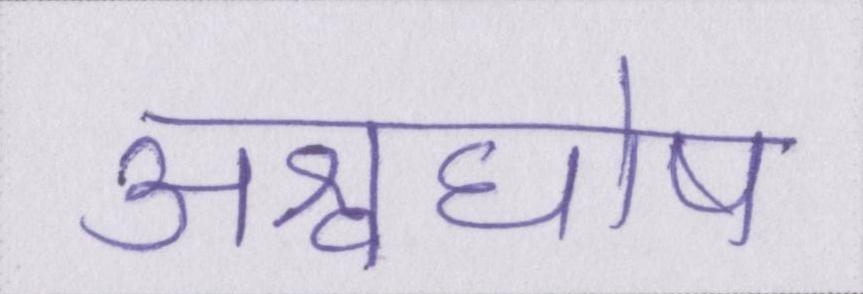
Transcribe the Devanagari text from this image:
अश्वघोष